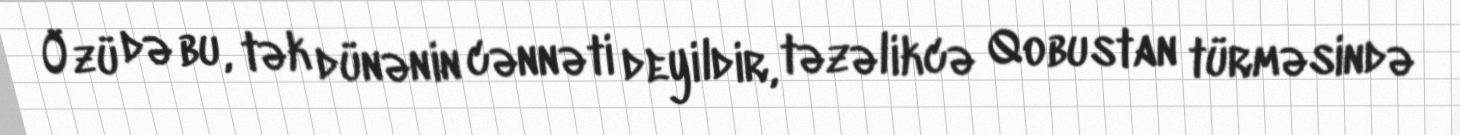
Özü də bu, tək dünənin cənnəti deyildir, təzəlikcə Qobustan türməsində